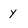
Character: y